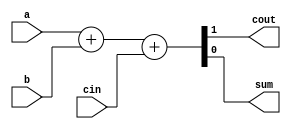
// Make 3 instances of a 3-bit binary ripple-carry adder

module full_adder( 
    input a, b, cin,
    output cout, sum );
    
    assign {cout, sum} = a + b + cin;

endmodule

module top_module( 
    input [2:0] a, b,
    input cin,
    output [2:0] cout,
    output [2:0] sum );
    
    full_adder bit0 ( .a(a[0]), .b(b[0]), .cin(cin),     .cout(cout[0]), .sum(sum[0]) );
    full_adder bit1 ( .a(a[1]), .b(b[1]), .cin(cout[0]), .cout(cout[1]), .sum(sum[1]) );
    full_adder bit2 ( .a(a[2]), .b(b[2]), .cin(cout[1]), .cout(cout[2]), .sum(sum[2]) );
    
endmodule